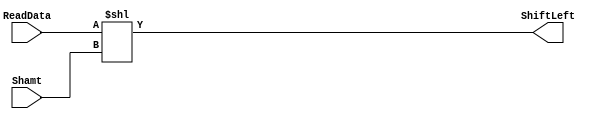
`timescale 1ns / 1ps
//////////////////////////////////////////////////////////////////////////////////
// Company: 
// Engineer: 
// 
// Design Name: 
// Module Name:    ShiftLeft 
// Project Name: 
// Target Devices: 
// Tool versions: 
// Description: 
//
// Dependencies: 
//
// Revision: 
// Revision 0.01 - File Created
// Additional Comments: 
//
//////////////////////////////////////////////////////////////////////////////////
module ShiftLeft(
    input [7:0] ReadData,
    input [2:0] Shamt,
    output reg [7:0] ShiftLeft
    );

always@(*)
begin
	ShiftLeft = ReadData<<Shamt;

end
endmodule